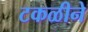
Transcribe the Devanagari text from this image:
टकळीने